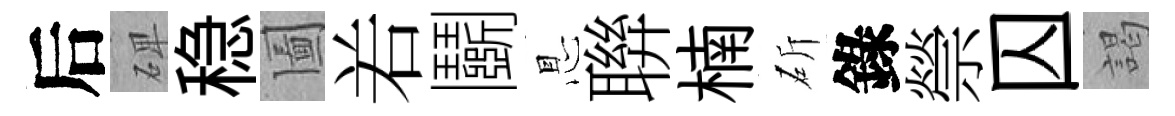
后𥓓稳圗𠰥鬬㤙聨楠斫錄禜囚謁